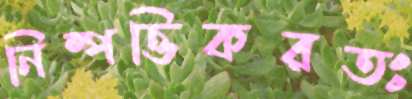
নিষ্পত্তিকরতঃ